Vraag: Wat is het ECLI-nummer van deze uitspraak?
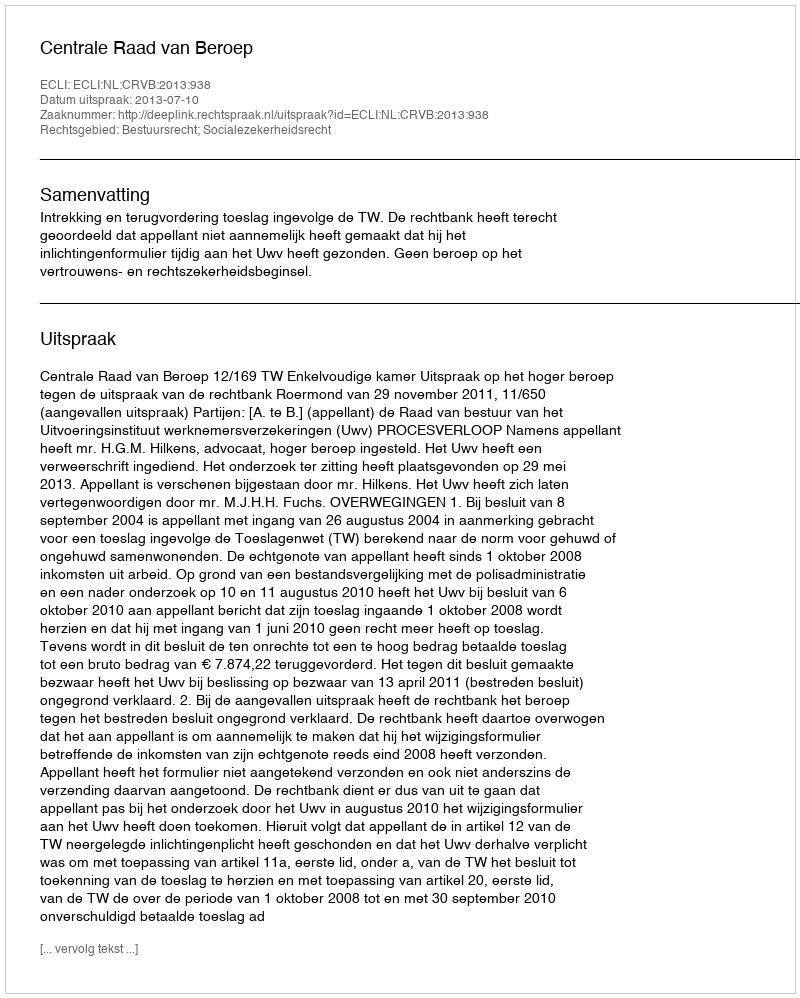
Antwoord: ECLI:NL:CRVB:2013:938